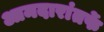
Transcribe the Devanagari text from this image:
आमदारांतर्फे